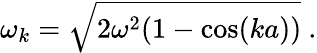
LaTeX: \omega_{k}={\sqrt{2\omega^{2}(1-\cos(ka))}}~.